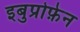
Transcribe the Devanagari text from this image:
इबुप्रोफ़ेन